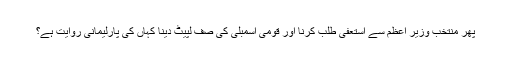
پھر منتخب وزیرِ اعظم سے استعفیٰ طلب کرنا اور قومی اسمبلی کی صف لپیٹ دینا کہاں کی پارلیمانی روایت ہے؟